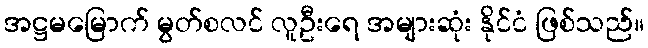
အဋ္ဌမမြောက် မွတ်စလင် လူဦးရေ အများဆုံး နိုင်ငံ ဖြစ်သည်။